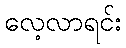
လေ့လာရင်း